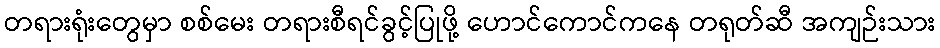
တရားရုံးတွေမှာ စစ်မေး တရားစီရင်ခွင့်ပြုဖို့ ဟောင်ကောင်ကနေ တရုတ်ဆီ အကျဉ်းသား